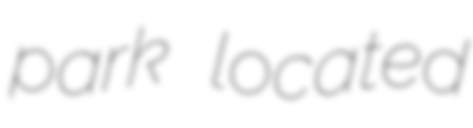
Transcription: park located